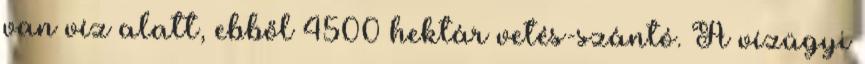
van víz alatt, ebből 4500 hektár vetés-szántó. A vízügyi